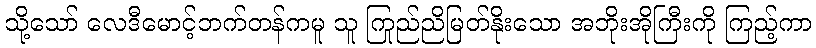
သို့သော် လေဒီမောင့်ဘက်တန်ကမူ သူ ကြည်ညိုမြတ်နိုးသော အဘိုးအိုကြီးကို ကြည့်ကာ